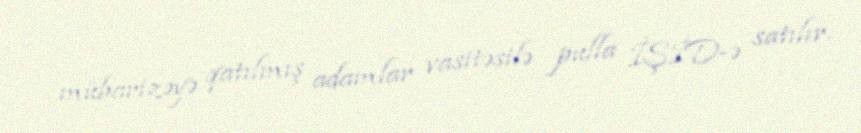
mübarizəyə qatılmış adamlar vasitəsilə pulla İŞİD-ə satılır.